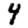
Digit: 4